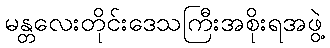
မန္တလေးတိုင်းဒေသကြီးအစိုးရအဖွဲ့